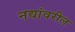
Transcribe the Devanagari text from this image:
नद्यांवरील